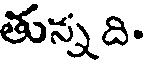
తున్న ది.